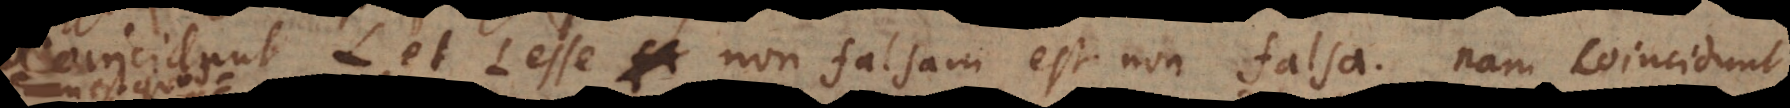
Coincidunt L, et L esse non falsam est non falsa. Nam coincidunt